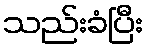
သည်းခံပြီး